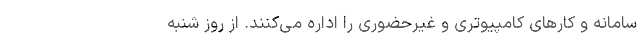
سامانه و کارهای کامپیوتری و غیرحضوری را اداره می‌کنند. از روز شنبه